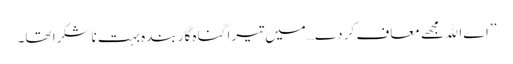
’’اے اﷲ مجھے معاف کر دے…میں تیرا گناہ گار بندہ بہت ناشکرا تھا۔